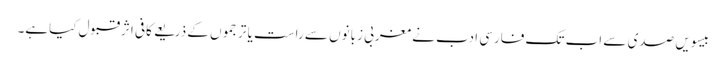
بیسویں صدی سے اب تک فارسی ادب نے مغربی زبانوں سے راست یا ترجموں کے ذریعے کافی اثرقبول کیاہے۔